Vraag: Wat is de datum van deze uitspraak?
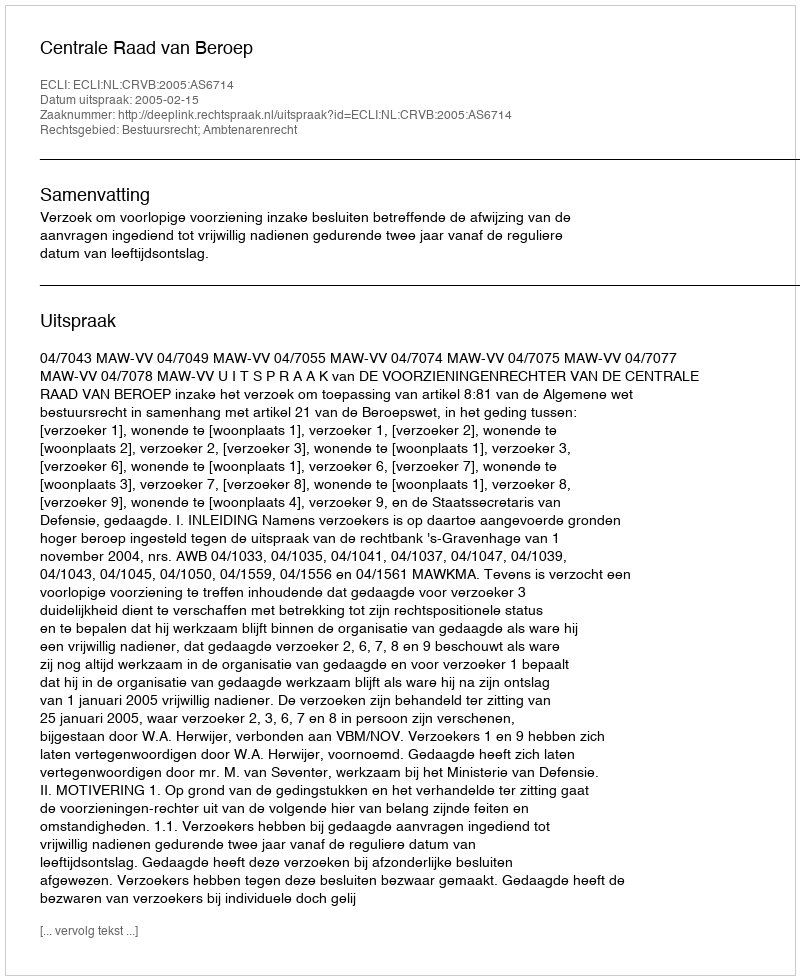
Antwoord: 2005-02-15